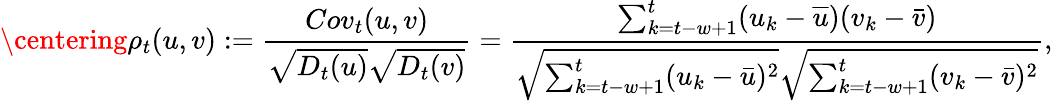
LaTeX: \centering\rho_{t}(u,v):=\frac{Cov_{t}(u,v)}{\sqrt{D_{t}(u)}\sqrt{D_{t}(v)}}=\cfrac{\sum_{k=t-w+1}^{t}(u_{k}-\overline{{u}})(v_{k}-\bar{v})}{\sqrt{\sum_{k=t-w+1}^{t}(u_{k}-\bar{u})^{2}}\sqrt{\sum_{k=t-w+1}^{t}(v_{k}-\bar{v})^{2}}},